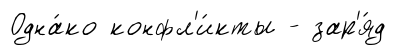
Одна́ко конфл'и́кты - зар'я́д